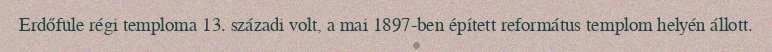
Erdőfüle régi temploma 13. századi volt, a mai 1897-ben épített református templom helyén állott.